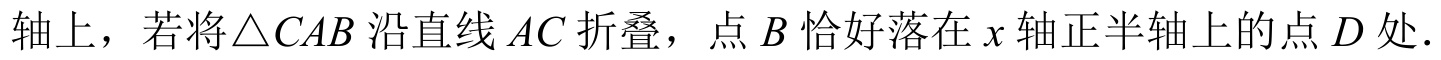
轴上，若将\(\triangle CAB\)沿直线\(AC\)折叠，点\(B\)恰好落在\(x\)轴正半轴上的点\(D\)处.